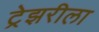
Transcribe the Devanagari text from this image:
ट्रेझरीला